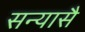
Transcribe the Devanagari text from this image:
सन्यासै